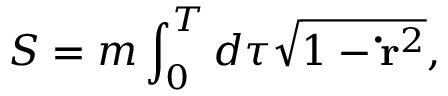
S = m \int _ { 0 } ^ { T } d \tau \sqrt { 1 - \mathbf { \dot { r } } ^ { 2 } } ,